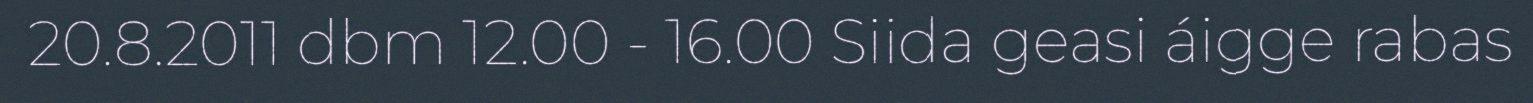
20.8.2011 dbm 12.00 - 16.00 Siida geasi áigge rabas